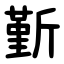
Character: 斳